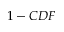
1 - C D F